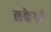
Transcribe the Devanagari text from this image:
लकेरही